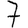
Digit: 7